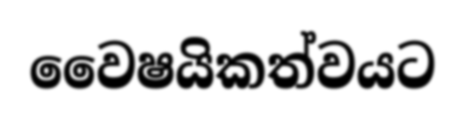
වෛෂයිකත්වයට